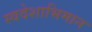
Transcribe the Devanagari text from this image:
स्वदेशाभिमान